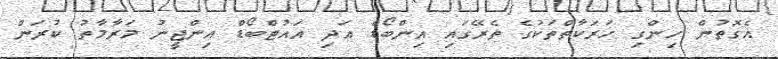
އެގޮތުން ހިންގި ހަރަކާތްތަކުގެ ތެރޭގައި އިންބޯޑް އަދި އައުޓްބޯޑް އިންޖީނު މަރާމާތު ކުރަން